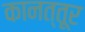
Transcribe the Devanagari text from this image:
कानत्तूर